Report on the cultivation of protesoma, Labbé, in grey mosquitoes
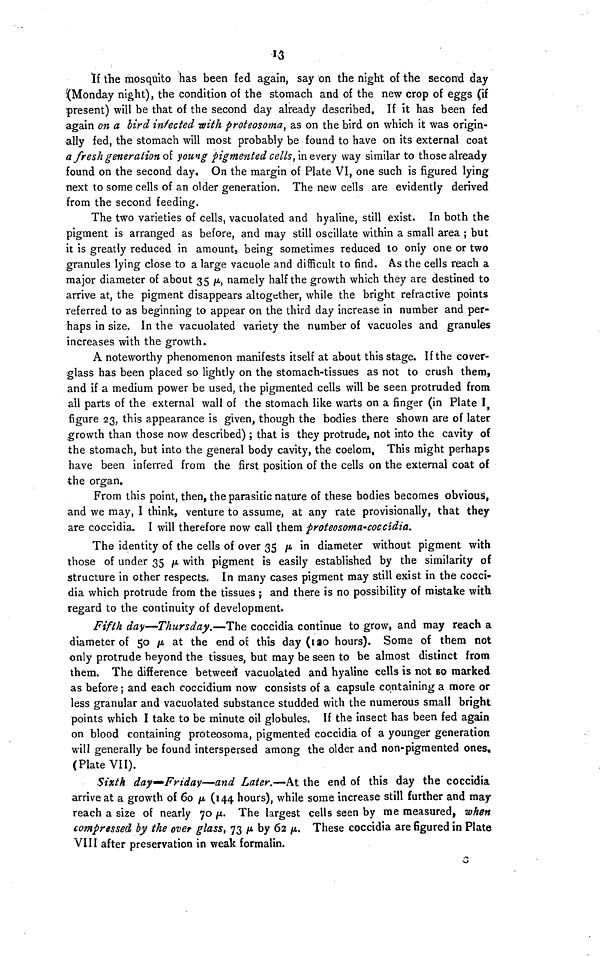
13
If the mosquito has been fed again, say on the night of the second day
(Monday night), the condition of the stomach and of the new crop of eggs (if
present) will be that of the second day already described. If it has been fed
again on a bird infected with proteosoma, as on the bird on which it was origin-
ally fed, the stomach will most probably be found to have on its external coat
a fresh generation oí young pigmented cells, in every way similar to those already
found on the second day. On the margin of Plate VI, one such is figured lying
next to some cells of an older generation. The new cells are evidently derived
from the second feeding.
The two varieties of cells, vacuolated and hyaline, still exist. In both the
pigment is arranged as before, and may still oscillate within a small area ; but
it is greatly reduced in amount, being sometimes reduced to only one or two
granules lying close to a large vacuole and difficult to find. As the cells reach a
major diameter of about 35 μ , namely half the growth which they are destined to
arrive at, the pigment disappears altogether, while the bright refractive points
referred to as beginning to appear on the third day increase in number and per-
haps in size. In the vacuolated variety the number of vacuoles and granules
increases with the growth.
A noteworthy phenomenon manifests itself at about this stage. If the cover»
glass has been placed so lightly on the stomach-tissues as not to crush them,
and if a medium power be used, the pigmented cells will be seen protruded from
all parts of the external wall of the stomach like warts on a finger (in Plate 1,
figure 23, this appearance is given, though the bodies there shown are of later
growth than those now described) ; that is they protrude, not into the cavity of
the stomach, but into the general body cavity, the coelom. This might perhaps
have been inferred from the first position of the cells on the external coat of
the organ.
From this point, then, the parasitic nature of these bodies becomes obvious,
and we may, I think, venture to assume, at any rate provisionally, that they
are coccidia. I will therefore now call them proteosoma-coccidia.
The identity of the cells of over 35 μ in diameter without pigment with
those of under 35 μ with pigment is easily established by the similarity of
structure in other respects. In many cases pigment may still exist in the cocci-
dia which protrude from the tissues ; and there is no possibility of mistake with
regard to the continuity of development»
Fifth day—Thursday.—The coccidia continue to grow, and may reach a
diameter of 50 μ at the end of this day (120 hours). Some of them not
only protrude beyond the tissues, but may be seen to be almost distinct from
them. The difference between vacuolated and hyaline cells is not so marked
as before ; and each coccidium now consists of a capsule containing a more or
less granular and vacuolated substance studded with the numerous small bright
points which I take to be minute oil globules. If the insect has been fed again
on blood containing proteosoma, pigmented coccidia of a younger generation
will generally be found interspersed among the older and non-pigmented ones,
(Plate VII).
Sixth day—Friday—and Later.—At the end of this day the coccidia
arrive at a growth of 6ο μ (144 hours), while some increase still further and may-
reach a size of nearly 70 μ. The largest cells seen by me measured, when
compressed by the over glass, 73 μ. by 62 μ. These coccidia are figured in Plate
VIII after preservation in weak formalin.